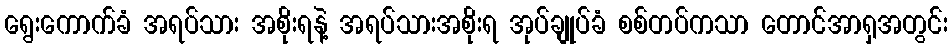
ရွေးကောက်ခံ အရပ်သား အစိုးရနဲ့ အရပ်သားအစိုးရ အုပ်ချုပ်ခံ စစ်တပ်ကသာ တောင်အာရှအတွင်း